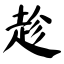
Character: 趁